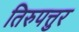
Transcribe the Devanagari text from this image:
तिरुपत्तुर